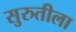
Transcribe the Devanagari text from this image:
सुरुतीला